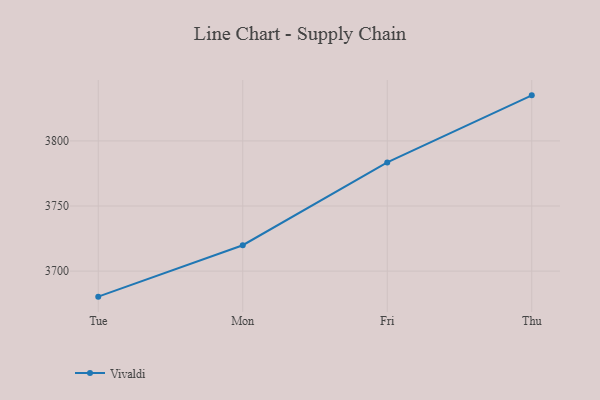
{"axis": {"x": "Day", "y": "Active Users"}, "legend": ["Vivaldi"], "data": [{"x": "Tue", "y": 3680.4, "type": "Vivaldi"}, {"x": "Mon", "y": 3719.9, "type": "Vivaldi"}, {"x": "Fri", "y": 3783.5, "type": "Vivaldi"}, {"x": "Thu", "y": 3835.0, "type": "Vivaldi"}]}